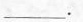
_____。